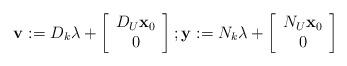
LaTeX: \begin{align*}\mathbf{v}:=D_{k}\mathbf{\lambda}+\left[\begin{array}[c]{c}D_{U}\mathbf{x}_{0}\\0\end{array}\right] ;\mathbf{y}:=N_{k}\mathbf{\lambda}+\left[\begin{array}[c]{c}N_{U}\mathbf{x}_{0}\\0\end{array}\right] \end{align*}